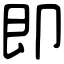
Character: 即